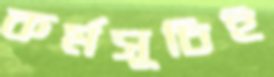
কর্মসূচিই